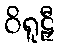
ဝိရူဠှီ